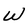
Character: W